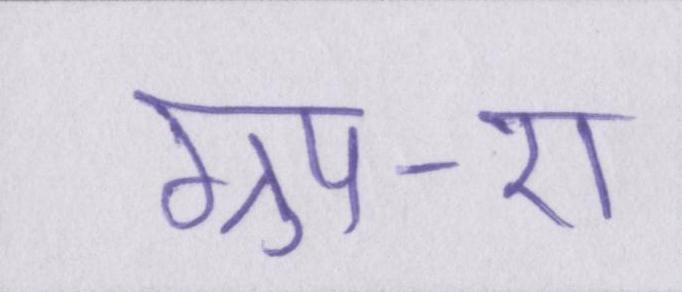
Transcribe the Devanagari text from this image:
ग्रुप-ए